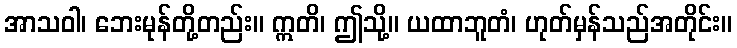
အာသဝါ၊ ဘေးမုန်တို့တည်း။ ဣတိ၊ ဤသို့။ ယထာဘူတံ၊ ဟုတ်မှန်သည်အတိုင်း။